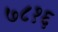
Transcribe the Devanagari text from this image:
७८१६